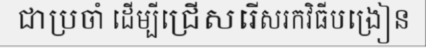
ជាប្រចាំ ដើម្បីជ្រើសរើសរកវិធីបង្រៀន